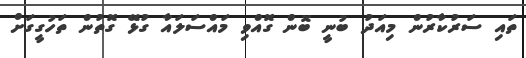
ތައި ސަރުކާރުން މިއަދު ބުނީ ބޮން ގޮއްވި މައްސަލައާ ގުޅޭ ގޮތުން ތަހުގީގަށް